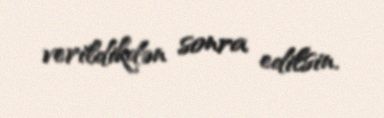
verildikdən sonra edilsin.